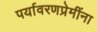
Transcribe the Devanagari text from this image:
पर्यावरणप्रेमींना